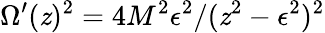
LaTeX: \Omega^{\prime}(\mathit{z})^{2}=4M^{2}\epsilon^{2}/(\mathit{z}^{2}-\epsilon^{2})^{2}